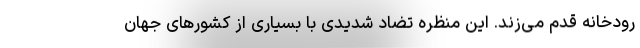
رودخانه قدم می‌زند. این منظره تضاد شدیدی با بسیاری از کشورهای جهان